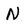
Character: N